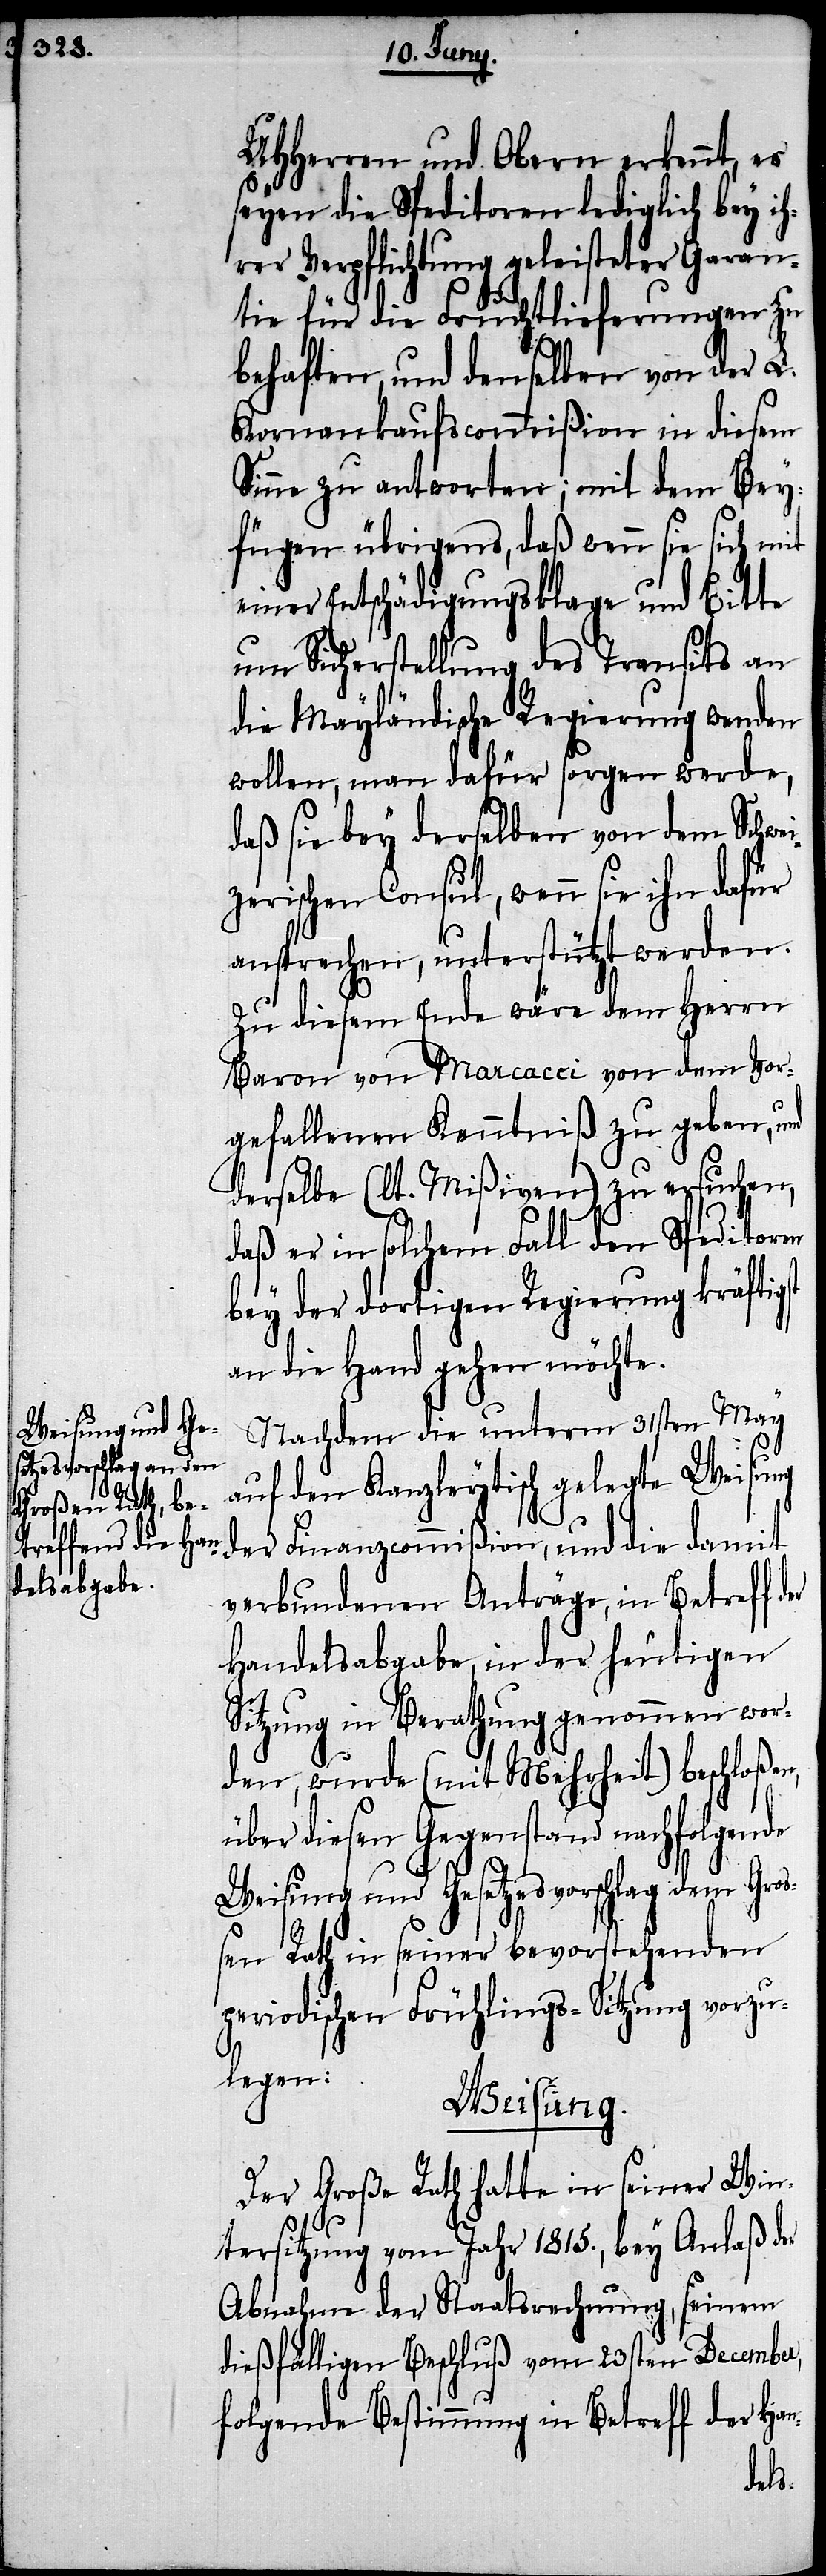
st

UHHerren und Obern erkennt, es
seyen die Speditoren lediglich bey ih¬
rer Verpflichtung geleisteter Garan¬
tie für die Fruchtlieferungen zu
behalten, und denselben von der L.
Kornankaufscommißion in diesem
Sinne zu antworten; mit dem Bey¬
fügen übrigens, daß wenn sie sich mit
einer Entschädigungsklage und Bitte
um Sicherstellung des Transits an
er
die Mayländische Regierung wenden
wollen, man dafür sorgen werde,
daß sie bey derselben von dem Schwe¬
zerischen Consul, wenn sie ihn dafür
ansprechen, unterstützt werden.
Zu diesem Ende wäre dem Herrn
Baron von Marcacci von dem Vor¬
gefallenen Kenntniß zu geben, und
derselbe (lt. Mißiven) zu ersuchen,
daß er in solchem Fall den Speditoren
bey der dortigen Regierung kräftig¬
an die Hand gehen möchte.
Nachdem die unterm 31sten May
auf den Kanzleytisch gelegte Weisung
der Finanzcommißion, und die damit
verbundenen Anträge, in Betreff d¬
Handelsabgabe, in der heutigen
Sitzung in Berathung genommen wor¬
den, wurde (mit Mehrheit) beschloßen,
über diesen Gegenstand nachfolgende
Weisung und Gesetzesvorschlag dem Gro¬
ßen Rath in seiner bevorstehenden
periodischen Frühlings-Sitzung vorzu¬
legen:
Weisung.
Der Große Rath hatte in seiner Win¬
tersitzung vom Jahr 1815., bey Anlaß der
Abnahme der Staatsrechnung, seinem
dießfälligen Beschluß vom 23sten December,
folgende Bestimmung in Betreff der Han-